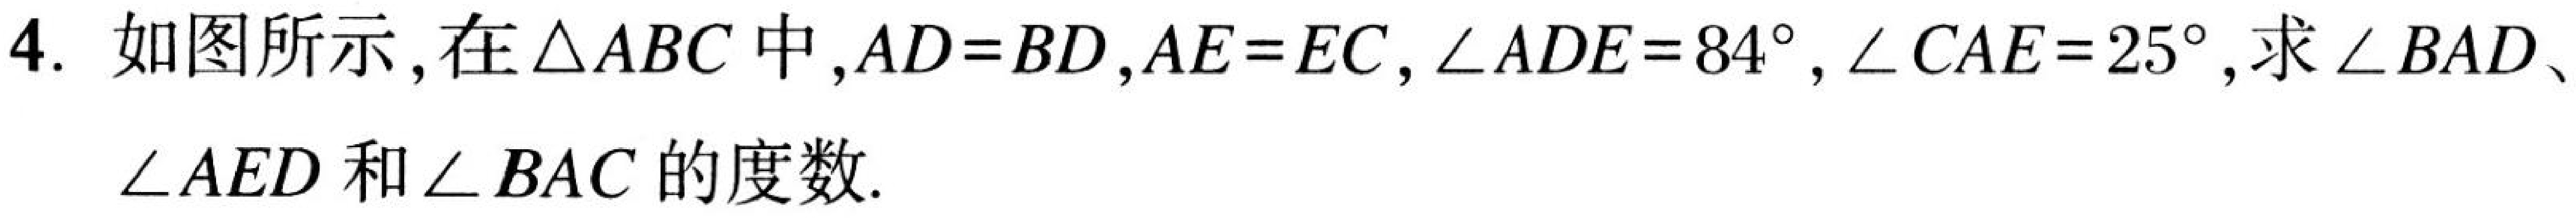
4. 如图所示,在\(\triangle ABC\)中,\(AD = BD\),\(AE = EC\),\(\angle ADE = 84^{\circ}\),\(\angle CAE = 25^{\circ}\),求\(\angle BAD\)、
\(\angle AED\)和\(\angle BAC\)的度数.